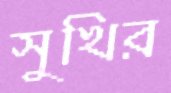
সুখির